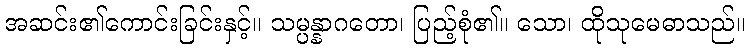
အဆင်း၏ကောင်းခြင်းနှင့်။ သမ္ပန္နာဂတော၊ ပြည့်စုံ၏။ သော၊ ထိုသုမေဓာသည်။